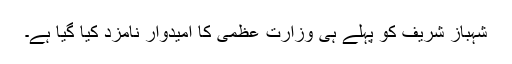
شہباز شریف کو پہلے ہی وزارتِ عظمیٰ کا امیدوار نامزد کیا گیا ہے۔